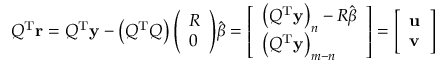
Q ^ { \mathrm { { T } } } \mathbf { r } = Q ^ { \mathrm { { T } } } \mathbf { y } - \left( Q ^ { \mathrm { { T } } } Q \right) { \left( \begin{array} { l } { R } \\ { 0 } \end{array} \right) } { \hat { \boldsymbol { \beta } } } = { \left[ \begin{array} { l } { \left( Q ^ { \mathrm { { T } } } \mathbf { y } \right) _ { n } - R { \hat { \boldsymbol { \beta } } } } \\ { \left( Q ^ { \mathrm { { T } } } \mathbf { y } \right) _ { m - n } } \end{array} \right] } = { \left[ \begin{array} { l } { \mathbf { u } } \\ { \mathbf { v } } \end{array} \right] }